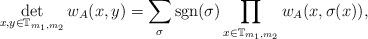
LaTeX: \begin{align*}\det\limits_{x,y \in \mathbb{T}_{m_1,m_2}} w_A(x,y) = \sum_{ \sigma } \mathrm{sgn}(\sigma) \prod_{x \in \mathbb{T}_{m_1,m_2}} w_A(x, \sigma(x)),\end{align*}